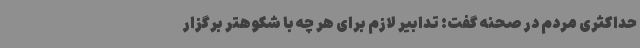
حداکثری مردم در صحنه گفت: تدابیر لازم برای هر چه با شکوهتر برگزار